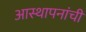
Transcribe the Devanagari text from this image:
आस्थापनांची